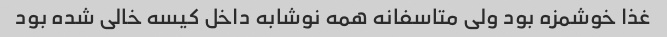
غذا خوشمزه بود ولی متاسفانه همه نوشابه داخل کیسه خالی شده بود